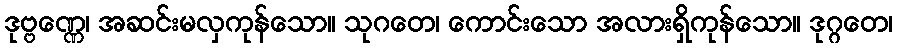
ဒုဗ္ဗဏ္ဏေ၊ အဆင်းမလှကုန်သော။ သုဂတေ၊ ကောင်းသော အလားရှိကုန်သော။ ဒုဂ္ဂတေ၊